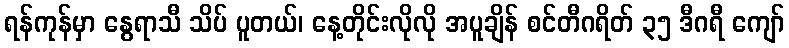
ရန်ကုန်မှာ နွေရာသီ သိပ် ပူတယ်၊ နေ့တိုင်းလိုလို အပူချိန် စင်တီဂရိတ် ၃၅ ဒီဂရီ ကျော်